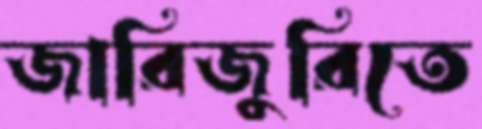
জারিজুরিতে